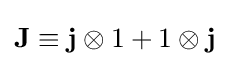
\mathbf {J} \equiv \mathbf {j} \otimes 1+1\otimes \mathbf {j}